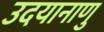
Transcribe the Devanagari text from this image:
उदयानाणु